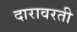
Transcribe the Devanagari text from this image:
दारावरती